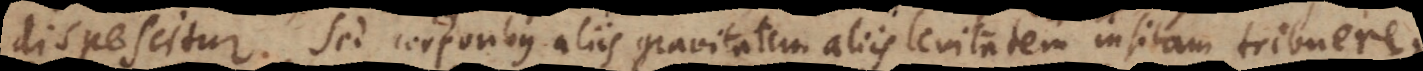
dispescitur. Sed corporibus aliis gravitatem, aliis levitatem insitam tribuere,